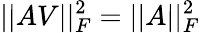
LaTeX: \vert\vert AV\vert\vert_{F}^{2}=\vert\vert A\vert\vert_{F}^{2}